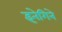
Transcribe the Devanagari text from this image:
इनेगिने